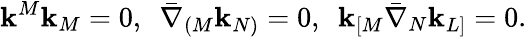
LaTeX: \mathbf{k}^{M}\mathbf{k}_{M}=0,~~\bar{{\nabla}}_{(M}\mathbf{k}_{N)}=0,~~\mathbf{k}_{[M}\bar{{\nabla}}_{N}\mathbf{k}_{L]}=0.